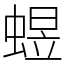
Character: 䗑